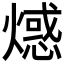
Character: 𤏘